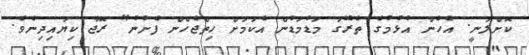
ކޮށްލަނީ. އެހެން އުޅުމުގެ ތެރޭގަ މަޑުމަޑުން އެކަމަށް ހިތްޖެހެން ފެށުނު" ރޮޖާ ކިޔައިދިނެވެ.